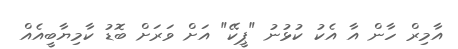
އާމިރް ހާން އާ އެކު ކުޅުނު "ޕީކޭ" އަށް ވަރަށް ބޮޑު ކާމިޔާބީއެެއް